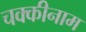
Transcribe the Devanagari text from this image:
चक्कीनाम